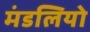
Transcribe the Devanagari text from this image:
मंडलियो